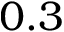
0 . 3